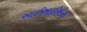
આઈઆઈએસ